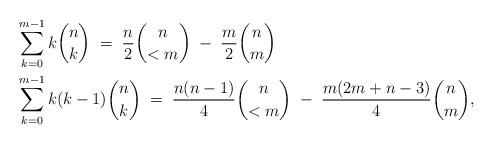
LaTeX: \begin{align*}&\sum\limits_{k=0}^{m-1}k\binom{n}{k} \;=\; \frac{n}{2} \binom{n}{<m} \;-\; \frac{m}{2} \binom{n}{m} \\&\sum\limits_{k=0}^{m-1}k(k-1)\binom{n}{k} \;=\; \frac{n(n-1)}{4} \binom{n}{<m} \;-\; \frac{m(2m+n-3)}{4} \binom{n}{m},\end{align*}